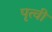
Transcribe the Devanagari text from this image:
पृत्वी